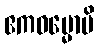
ဧကဓမ္မောပိ